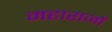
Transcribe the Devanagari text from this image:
महाराजों